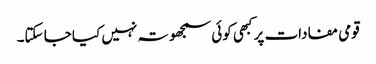
قومی مفادات پر کبهی کوئی سمجھوتہ نہیں کیا جا سکتا۔